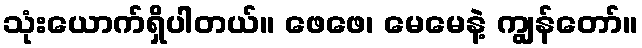
သုံးယောက်ရှိပါတယ်။ ဖေဖေ၊ မေမေနဲ့ ကျွန်တော်။